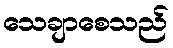
သေချာစေသည်